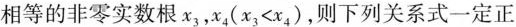
相等的非零实数根x_{3}，x_{4}($$x_{3}<x_{4}$$)，则下列关系式一定正